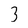
Character: 3